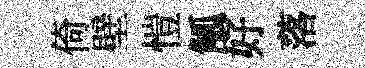
倚壁愷觚好落